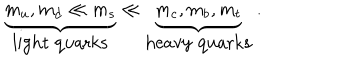
\underbrace { m _ { u } , m _ { d } \ll m _ { s } } _ { \mathrm { l i g h t ~ q u a r k s } } \ll \underbrace { m _ { c } , m _ { b } , m _ { t } } _ { \mathrm { h e a v y ~ q u a r k s } } \; .